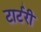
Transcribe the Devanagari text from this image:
टार्टरी